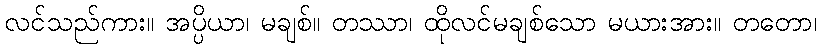
လင်သည်ကား။ အပ္ပိယာ၊ မချစ်။ တဿာ၊ ထိုလင်မချစ်သော မယားအား။ တတော၊